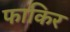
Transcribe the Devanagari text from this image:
फाकिर